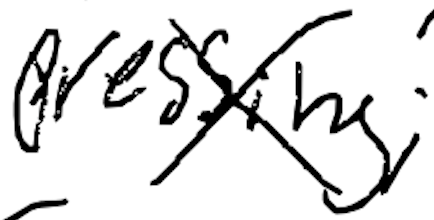
Text: pressing;
Cross-out: cross
Writing tool: digital_black